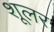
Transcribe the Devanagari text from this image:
शूलर